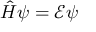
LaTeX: { \hat { H } } \psi = { \mathcal { E } } \psi